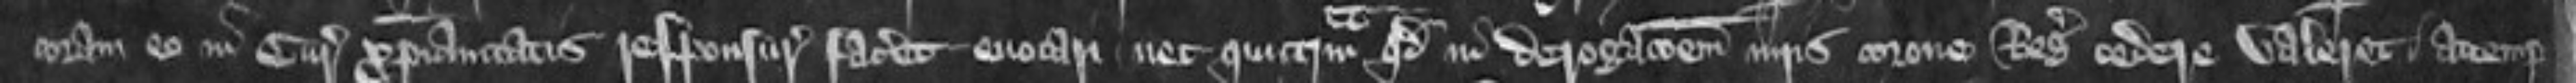
coram eo in curie Christianitas responsurus faceret evocari nec quicquam quod in derogacionem iuris corone Regis cedere valeret attemp